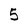
Character: 5